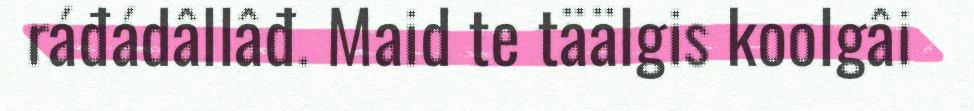
ráđádâllâđ. Maid te täälgis koolgâi